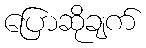
ပြောဆိုချက်